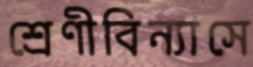
শ্রেণীবিন্যাসে